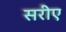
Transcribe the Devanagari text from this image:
सरीए